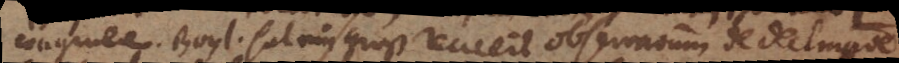
congruere. Boyl. hat ein groß recueil observationum de declinatione.